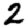
Digit: 2